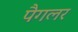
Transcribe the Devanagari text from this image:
पैगलर